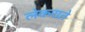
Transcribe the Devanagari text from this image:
लेकराते